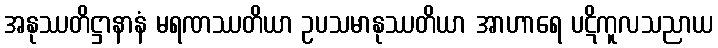
အနုဿတိဋ္ဌာနာနံ မရဏဿတိယာ ဥပသမာနုဿတိယာ အာဟာရေ ပဋိကူလသညာယ